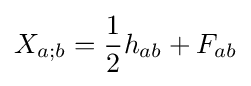
X_{a;b}={\frac {1}{2}}h_{ab}+F_{ab}